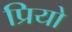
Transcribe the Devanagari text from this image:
प्रियो